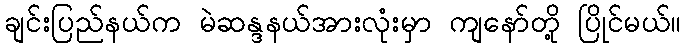
ချင်းပြည်နယ်က မဲဆန္ဒနယ်အားလုံးမှာ ကျနော်တို့ ပြိုင်မယ်။